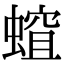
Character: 𧏏